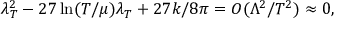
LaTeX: \lambda _ { T } ^ { 2 } - 2 7 \ln ( T / \mu ) \lambda _ { T } + 2 7 k / 8 \pi = O ( \Lambda ^ { 2 } / T ^ { 2 } ) \approx 0 ,